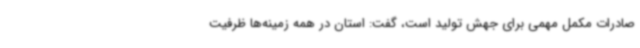
صادرات مکمل مهمی برای جهش تولید است، گفت: استان در همه زمینه‌ها ظرفیت